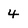
Character: 4